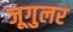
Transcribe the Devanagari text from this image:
जूगुलर